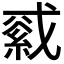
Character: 𦁓